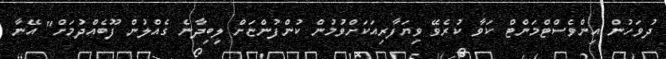
ދުވަހުން އިންވެސްޓްމަންޓް ކަވާ ކުރެވޭ ވިޔަފާރިއަކަށްވުމުން ކުންފުންޏަށް ލިބިދާނެ ގެއްލުން ފޫބެއްދުމަށް" އޭނާ